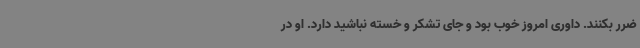
ضرر بکنند. داوری امروز خوب بود و جای تشکر و خسته نباشید دارد. او در